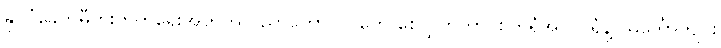
နိုင်ငံခေတ်မီတိုးတက်ရေးအတွက် ပညာတော်သင်တွေ စေလွှတ်တာ၊ စက်ရုံအလုပ်ရုံနဲ့ သင်္ဘောကျင်း